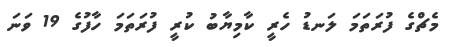
މެޗްގެ ފުރަތަމަ ލަނޑު ހެރީ ކާމިޔާބު ކުރީ ފުރަތަމަ ހާފުގެ 19 ވަނަ